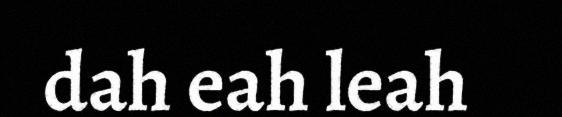
dah eah leah